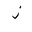
Letter: _thal